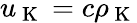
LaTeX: u_{\mathrm{~K~}}=c\rho_{\mathrm{~K~}}